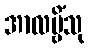
အာလမ္ဗိံသု